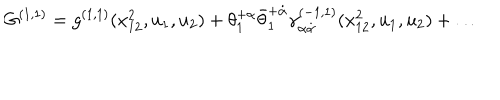
G ^ { ( 1 , 1 ) } = g ^ { ( 1 , 1 ) } ( x _ { 1 2 } ^ { 2 } , u _ { 1 } , u _ { 2 } ) + \theta _ { 1 } ^ { + \alpha } \bar { \theta } _ { 1 } ^ { + \dot { \alpha } } \gamma _ { \alpha \dot { \alpha } } ^ { ( - 1 , 1 ) } ( x _ { 1 2 } ^ { 2 } , u _ { 1 } , u _ { 2 } ) + \ldots